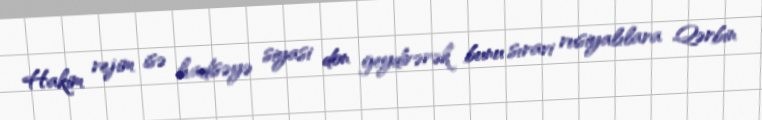
Hakim rejim isə hadisəyə siyasi don geydirərək bunu sıravi rusiyalılara Qərbin